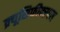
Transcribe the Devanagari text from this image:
क्र्यूसिफीक्स्षन